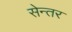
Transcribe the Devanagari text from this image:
सेन्तर